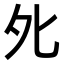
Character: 𡖅